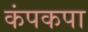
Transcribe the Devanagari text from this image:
कंपकपा